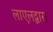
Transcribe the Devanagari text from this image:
लाएलद्वारा